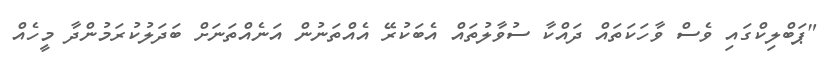
"ޕަބްލިކްގައި ވެސް ވާހަކަތައް ދައްކާ ސުވާލުތައް އެބަކުރޭ އެއްތަނުން އަނެއްތަނަށް ބަދަލުކުރަމުންދާ މީހެއް